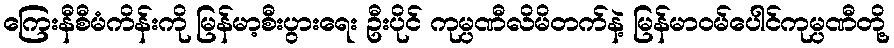
ကြေးနီစီမံကိန်းကို မြန်မာ့စီးပွားရေး ဦးပိုင် ကုမ္ပဏီလိမိတက်နဲ့ မြန်မာဝမ်ပေါင်ကုမ္ပဏီတို့